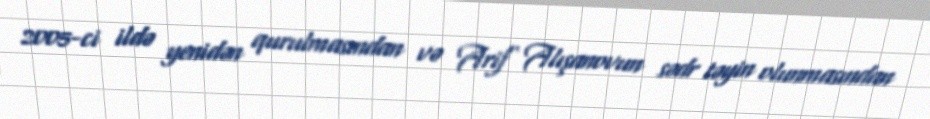
2005-ci ildə yenidən qurulmasından və Arif Alışanovun sədr təyin olunmasından